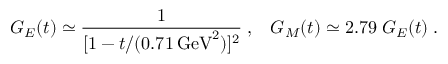
G _ { E } ( t ) \simeq \frac { 1 } { [ 1 - t / ( 0 . 7 1 \, { \mathrm { G e V } } ^ { 2 } ) ] ^ { 2 } } \; , \; \; \; G _ { M } ( t ) \simeq 2 . 7 9 \; G _ { E } ( t ) \; .